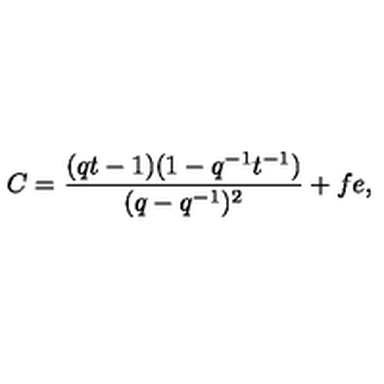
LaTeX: C = \frac { ( q t - 1 ) ( 1 - q ^ { - 1 } t ^ { - 1 } ) } { ( q - q ^ { - 1 } ) ^ { 2 } } + f e ,